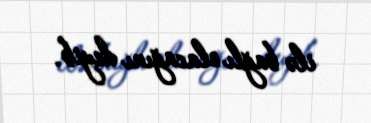
ilə bağlı olacağını deyib.